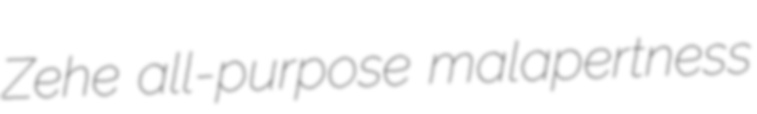
Zehe all-purpose malapertness